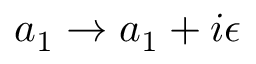
a _ { 1 } \rightarrow a _ { 1 } + i \epsilon